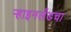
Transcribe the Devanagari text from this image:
ऱ्हाइनलँडचा